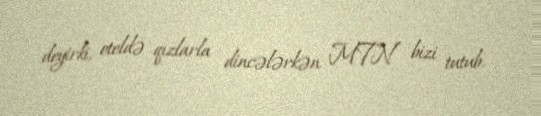
deyirki, oteldə qızlarla dincələrkən MTN bizi tutub.